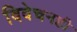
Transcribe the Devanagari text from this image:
विवेचनही